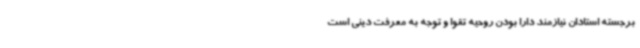
برجسته استادان نیازمند دارا بودن روحیه تقوا و توجه به معرفت دینی است